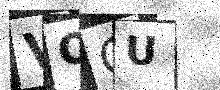
Text: VOGU